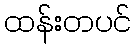
ထန်းတပင်